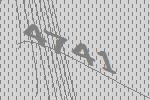
4741